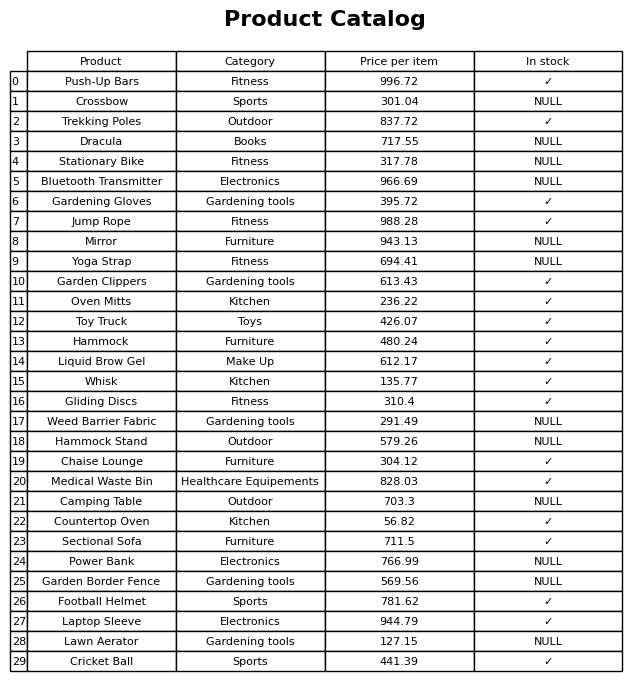
question: What is the price of the Yoga Strap?
answer: The price of Yoga Strap is 694.41.